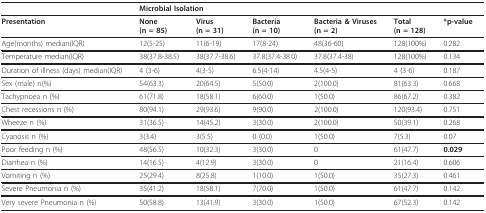
<table><thead><tr><td></td><td colspan="5"><b>Microbial Isolation</b></td><td></td></tr></thead><tbody><tr><td><b>Presentation</b></td><td><b>None</b><b>(n = 85)</b></td><td><b>Virus</b><b>(n = 31)</b></td><td><b>Bacteria</b><b>(n = 10)</b></td><td><b>Bacteria &amp; Viruses</b><b>(n = 2)</b></td><td><b>Total</b><b>(n = 128)</b></td><td><b>*p-value</b></td></tr><tr><td>Age(months) median(IQR)</td><td>12(5-25)</td><td>11(6-19)</td><td>17(8-24)</td><td>48(36-60)</td><td>128(100%)</td><td>0.282</td></tr><tr><td>Temperature median(IQR)</td><td>38(37.8-38.5)</td><td>38(37.7-38.6)</td><td>37.8(37.4-38.0)</td><td>37.8(37.4-38)</td><td>128(100%)</td><td>0.134</td></tr><tr><td>Duration of illness (days) median(IQR)</td><td>4 (3-6)</td><td>4(3-5)</td><td>6.5(4-14)</td><td>4.5(4-5)</td><td>4 (3-6)</td><td>0.187</td></tr><tr><td>Sex (male) n(%)</td><td>54(63.3)</td><td>20(64.5)</td><td>5(50.0)</td><td>2(100.0)</td><td>81(63.3)</td><td>0.668</td></tr><tr><td>Tachypnoea n (%)</td><td>61(71.8)</td><td>18(58.1)</td><td>6(60.0)</td><td>1(50.0)</td><td>86(67.2)</td><td>0.382</td></tr><tr><td>Chest recessions n (%)</td><td>80(94.1)</td><td>29(93.6)</td><td>9(90.0)</td><td>2(100.0)</td><td>120(93.4)</td><td>0.751</td></tr><tr><td>Wheeze n (%)</td><td>31(36.5)</td><td>14(45.2)</td><td>3(30.0)</td><td>2(100.0)</td><td>50(39.1)</td><td>0.268</td></tr><tr><td>Cyanosis n (%)</td><td>3(3.4)</td><td>3(5.5)</td><td>0 (0.0)</td><td>1(50.0)</td><td>7(5.3)</td><td>0.07</td></tr><tr><td>Poor feeding n (%)</td><td>48(56.5)</td><td>10(32.3)</td><td>3(30.0)</td><td>0</td><td>61(47.7)</td><td><b>0.029</b></td></tr><tr><td>Diarrhea n (%)</td><td>14(16.5)</td><td>4(12.9)</td><td>3(30.0)</td><td>0</td><td>21(16.4)</td><td>0.606</td></tr><tr><td>Vomiting n (%)</td><td>25(29.4)</td><td>8(25.8)</td><td>1(10.0)</td><td>1(50.0)</td><td>35(27.3)</td><td>0.461</td></tr><tr><td>Severe Pneumonia n (%)</td><td>35(41.2)</td><td>18(58.1)</td><td>7(70.0)</td><td>1(50.0)</td><td>61(47.7)</td><td>0.142</td></tr><tr><td>Very severe Pneumonia n (%)</td><td>50(58.8)</td><td>13(41.9)</td><td>3(30.0)</td><td>1(50.0)</td><td>67(52.3)</td><td>0.142</td></tr></tbody></table>